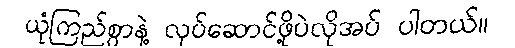
ယုံကြည်စွာနဲ့ လုပ်ဆောင်ဖို့ပဲလိုအပ် ပါတယ်။